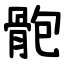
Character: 骲